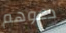
دعوهم